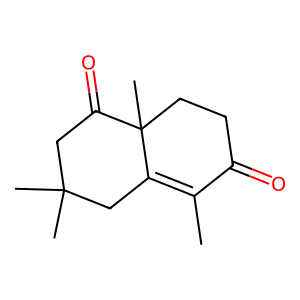
SMILES: CC1=C2CC(C)(C)CC(=O)C2(C)CCC1=O
Inhibits HIV replication: No